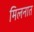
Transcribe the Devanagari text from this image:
मिलनात